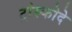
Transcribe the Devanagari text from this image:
ट्रांस्कोदे